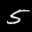
Label: 5